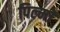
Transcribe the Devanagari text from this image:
पिल्मों